Annual report on the Civil Veterinary Department, Burma (including the Insein Veterinary School) - 1923-1931
Year: 1923
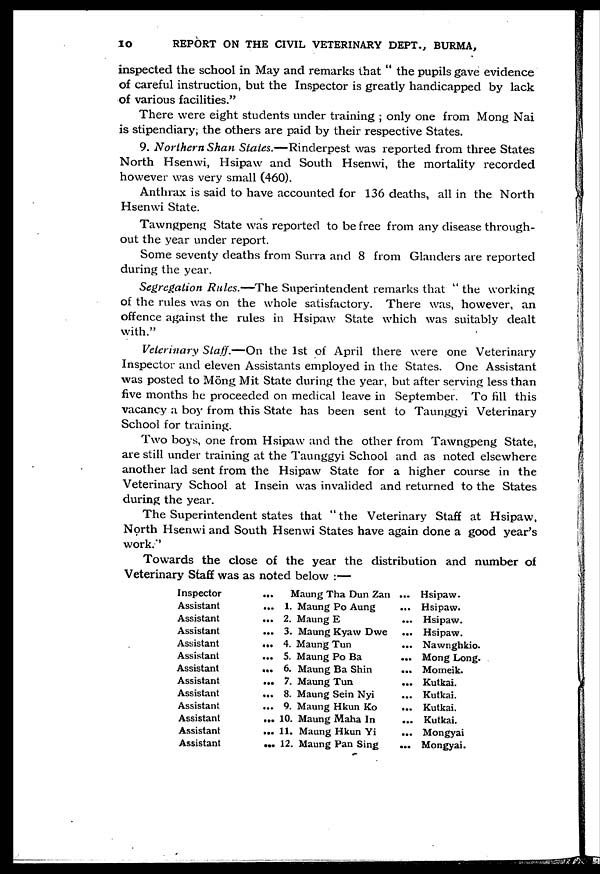
10
REPORT ON THE CIVIL VETERINARY DEPT., BURMA,
inspected the school in May and remarks that " the pupils gave evidence
of careful instruction, but the Inspector is greatly handicapped by lack
of various facilities."
There were eight students under training ; only one from Mong Nai
is stipendiary; the others are paid by their respective States.
9. Northern Shan States.—Rinderpest was reported from three States
North Hsenwi, Hsipaw and South Hsenwi, the mortality recorded
however was very small (460).
Anthrax is said to have accounted for 136 deaths, all in the North
Hsenwi State.
Tawngpeng State was reported to be free from any disease through-
out the year under report.
Some seventy deaths from Surra and 8 from Glanders are reported
during the year.
Segregation Rules.—The Superintendent remarks that " the working
of the rules was on the whole satisfactory. There was, however, an
offence against the rules in Hsipaw State which was suitably dealt
with."
Veterinary Staff.—On the 1st of April there were one Veterinary
Inspector and eleven Assistants employed in the States. One Assistant
was posted to Mong Mit State during the year, but after serving less than
five months he proceeded on medical leave in September. To fill this
vacancy a boy from this State has been sent to Taunggyi Veterinary
School for training.
Two boys, one from Hsipaw and the other from Tawngpeng State,
are still under training at the Taunggyi School and as noted elsewhere
another lad sent from the Hsipaw State for a higher course in the
Veterinary School at Insein was invalided and returned to the States
during the year.
The Superintendent states that " the Veterinary Staff at Hsipaw,
North Hsenwi and South Hsenwi States have again done a good year's
work."
Towards the close of the year the distribution and number of
Veterinary Staff was as noted below :—
Inspector
Assistant
Assistant
Assistant
Assistant
Assistant
Assistant
Assistant
Assistant
Assistant
Assistant
Assistant
Assistant
...
...
...
...
...
...
...
...
...
...
...
...
...
Maung Tha Dun Zan
1. Maung Po Aung
2. Maung E
3. Maung Kyaw Dwe
4. Maung Tun
5. Maung Po Ba
6. Maung Ba Shin
7. Maung Tun
8. Maung Sein Nyi
9. Maung Hkun Ko
10. Maung Maha In
11. Maung Hkun Yi
12. Maung Pan Sing
...
...
...
...
...
...
...
...
...
...
...
...
...
Hsipaw.
Hsipaw.
Hsipaw.
Hsipaw.
Nawnghkio.
Mong Long.
Momeik.
Kutkai.
Kutkai.
Kutkai.
Kutkai.
Mongyai
Mongyai.